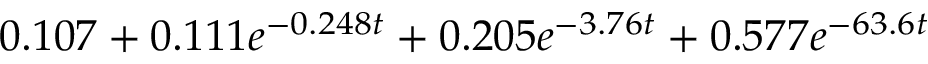
0 . 1 0 7 + 0 . 1 1 1 e ^ { - 0 . 2 4 8 t } + 0 . 2 0 5 e ^ { - 3 . 7 6 t } + 0 . 5 7 7 e ^ { - 6 3 . 6 t }